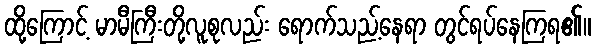
ထို့ကြောင့် မာမီကြီးတို့လူစုလည်း ရောက်သည့်နေရာ တွင်ရပ်နေကြရ၏။